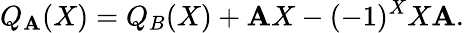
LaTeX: Q_{\mathbf{A}}(X)=Q_{B}(X)+\mathbf{A}X-(-1)^{X}X\mathbf{A}.